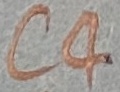
Text: C4